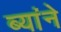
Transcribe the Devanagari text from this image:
ब्यांने